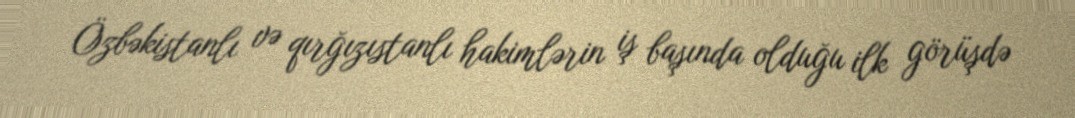
Özbəkistanlı və qırğızıstanlı hakimlərin iş başında olduğu ilk görüşdə